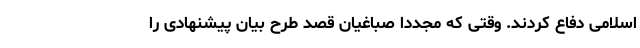
اسلامی دفاع کردند. وقتی که مجددا صباغیان قصد طرح بیان پیشنهادی را